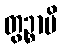
တွဉ္စာပိ